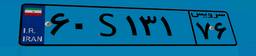
۶۰S۱۳۱۷۶